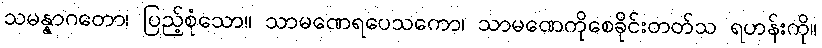
သမန္နာဂတော၊ ပြည့်စုံသော။ သာမဏေရပေသကော၊ သာမဏေကိုစေခိုင်းတတ်သ ရဟန်းကို။